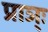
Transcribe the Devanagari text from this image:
प्राञ्ः